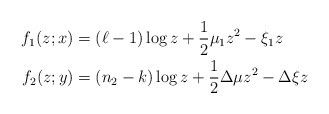
\begin{align*}f_1(z;x)&=(\ell-1)\log z+\frac 12\mu_1z^2- \xi_1 z\\f_2(z;y)&=(n_2-k)\log z+\frac 12\Delta\mu z^2- \Delta\xi z\end{align*}